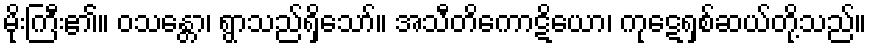
မိုးကြီး၏။ ဝသန္တော၊ ရွာသည်ရှိသော်။ အသီတိကောဋိယော၊ ကုဋေရှစ်ဆယ်တို့သည်။